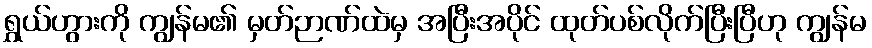
ရွှယ်ဟွားကို ကျွန်မ၏ မှတ်ဉာဏ်ထဲမှ အပြီးအပိုင် ထုတ်ပစ်လိုက်ပြီးပြီဟု ကျွန်မ